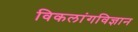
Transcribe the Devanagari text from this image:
विकलांगविज्ञान